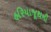
હરિયાજૂથની